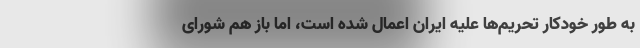
به طور خودکار تحریم‌ها علیه ایران اعمال شده است، اما باز هم شورای